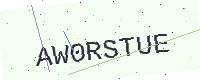
Text: AW0RSTUE